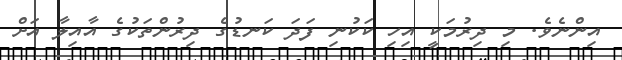
އިންނެވެ. މި ދިރުމަކީ އިހި ކަކުނި ފަދަ ކަނޑުގެ ދިރުންތަކުގެ އާއިލާ އަށް